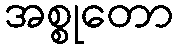
အစ္စုတော